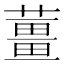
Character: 薑